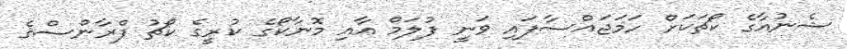
ޝެނުއާގެ ކޯޗަކަށް ހަމަޖައްސާފައި ވަނީ ފުލަމް އާއި މޮނާކޯގެ ކުރީގެ ކޯޗު ފްރާންސްގެ